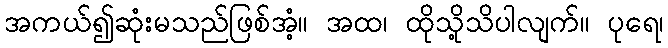
အကယ်၍ဆုံးမသည်ဖြစ်အံ့။ အထ၊ ထိုသို့သိပါလျက်။ ပုရေ၊